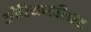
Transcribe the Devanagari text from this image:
ओरियन्टलिस्ट